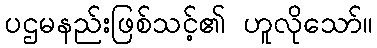
ပဌမနည်းဖြစ်သင့်၏ ဟူလိုသော်။